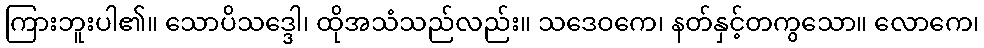
ကြားဘူးပါ၏။ သောပိသဒ္ဒေါ၊ ထိုအသံသည်လည်း။ သဒေဝကေ၊ နတ်နှင့်တကွသော။ လောကေ၊